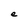
Character: e